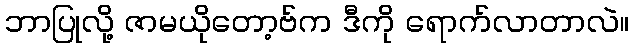
ဘာပြုလို့ ဇာမယိုတော့ဗ်က ဒီကို ရောက်လာတာလဲ။